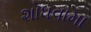
શોધવામા